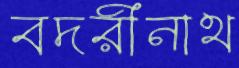
বদরীনাথ